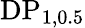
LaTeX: \textrm{DP}_{1,0.5}